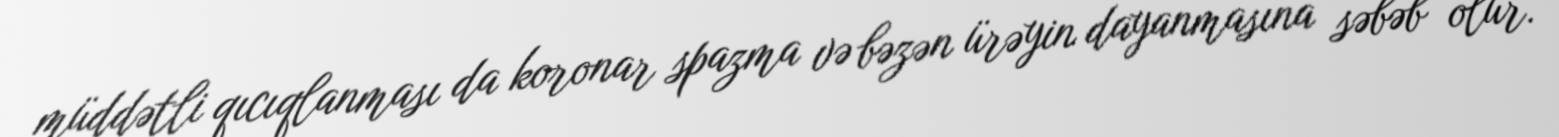
müddətli qıcıqlanması da koronar spazma və bəzən ürəyin dayanmasına səbəb olur.